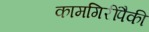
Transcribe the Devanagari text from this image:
कामगिरींपैकी